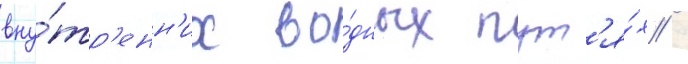
вну́тр'енн'их во́дных пут'я́х /